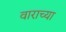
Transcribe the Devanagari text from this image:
वाराच्या